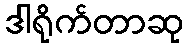
ဒါရိုက်တာဆု